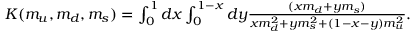
\begin{array} { r } { K ( m _ { u } , m _ { d } , m _ { s } ) = \int _ { 0 } ^ { 1 } d x \int _ { 0 } ^ { 1 - x } d y \frac { ( x m _ { d } + y m _ { s } ) } { x m _ { d } ^ { 2 } + y m _ { s } ^ { 2 } + ( 1 - x - y ) m _ { u } ^ { 2 } } . } \end{array}